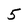
Character: 5